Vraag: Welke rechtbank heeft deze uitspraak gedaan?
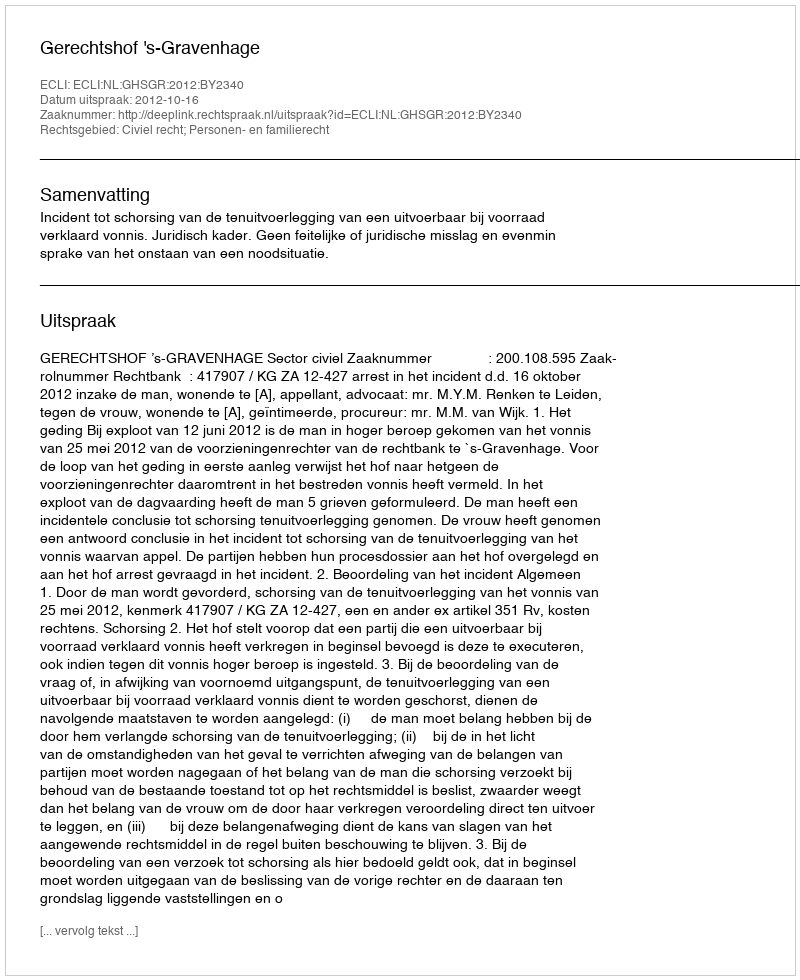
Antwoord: Gerechtshof 's-Gravenhage